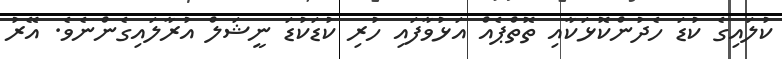
ކުލައިގެ ކުޑަ ހެދުންކޮޅަކާއި ތޮތްޕެއް އަޅުވާފައި ހުރި ކުޑަކުޑަ ނީޝަލް އުރާލައިގެންނެވެ. އޭރު